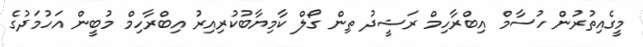
މީގެއިތުރުން ހުސާމް އިބްރާހިމް ރަޝީދު ތިން ގޯލް ކާމިޔާބުކުރިއިރު އިބްރާހިމް މުބީން އަހުމަދުގެ